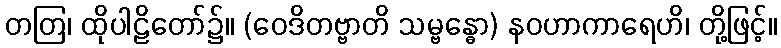
တတြ၊ ထိုပါဠိတော်၌။ (ဝေဒိတဗ္ဗာတိ သမ္ဗန္ဓော) နဝဟာကာရေဟိ၊ တို့ဖြင့်။